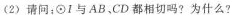
(2)请问；\odotⅠ与AB，CD都相切吗?为什么?